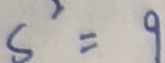
s ^ { 2 } = 9